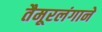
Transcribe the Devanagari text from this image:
तैमूरलंगाने